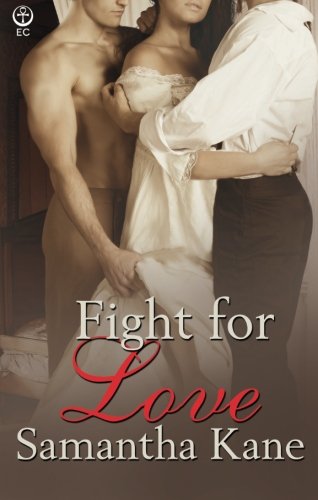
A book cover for Fight for Love (Brothers in Arms) (Volume 12); Samantha Kane; Romance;